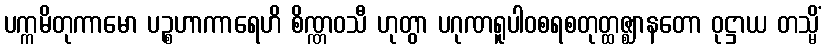
ပက္ကမိတုကာမော ပဉ္စဟာကာရေဟိ စိဏ္ဏဝသီ ဟုတွာ ပဂုဏရူပါဝစရစတုတ္ထဇ္ဈာနတော ဝုဋ္ဌာယ တသ္မိံ